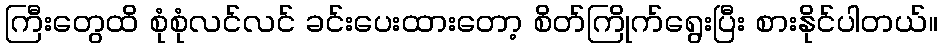
ကြီးတွေထိ စုံစုံလင်လင် ခင်းပေးထားတော့ စိတ်ကြိုက်ရွေးပြီး စားနိုင်ပါတယ်။